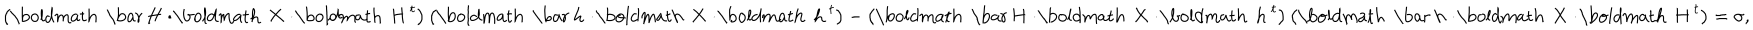
\left( \mathrm { \boldmath ~ \bar { ~ } H ~ } \! \cdot \! \mathrm { \boldmath ~ X ~ } \! \cdot \! \mathrm { \boldmath ~ H ~ } ^ { t } \right) \left( \mathrm { \boldmath ~ \bar { ~ } h ~ } \! \cdot \! \mathrm { \boldmath ~ X ~ } \! \cdot \! \mathrm { \boldmath ~ h ~ } ^ { t } \right) - \left( \mathrm { \boldmath ~ \bar { ~ } H ~ } \! \cdot \! \mathrm { \boldmath ~ X ~ } \! \cdot \! \mathrm { \boldmath ~ h ~ } ^ { t } \right) \left( \mathrm { \boldmath ~ \bar { ~ } h ~ } \! \cdot \! \mathrm { \boldmath ~ X ~ } \! \cdot \! \mathrm { \boldmath ~ H ~ } ^ { t } \right) = \sigma ,